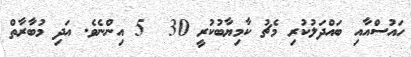
ހައުސްއާއި ބައްދަލުކުރި މެޗު ކާމިޔާބުކުރީ 30  5 އިންނެވެ. އަދި މުބާރާތް